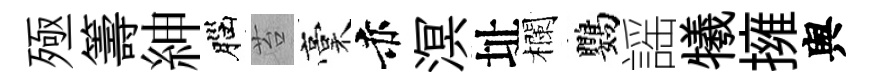
殛籌紳腦苔稾赤溟址欄鸚謡犧擁舆